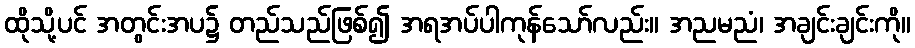
ထိုသို့ပင် အတွင်းအပ၌ တည်သည်ဖြစ်၍ အရအပ်ပါကုန်သော်လည်း။ အညမညံ၊ အချင်းချင်းကို။